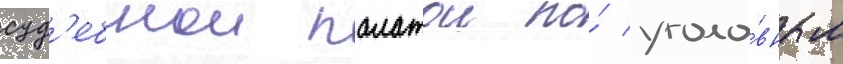
суд'ебнои палатои по́ уголо́вным